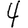
Digit: 4